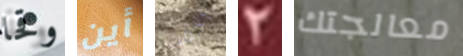
وقحا أين أخفت 2 معالجتك